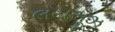
લયસૂઝ